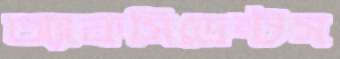
অ্যাকসিডেন্টস